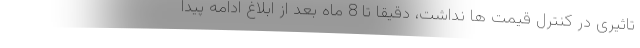
تاثیری در کنترل قیمت ها نداشت، دقیقا تا 8 ماه بعد از ابلاغ ادامه پیدا